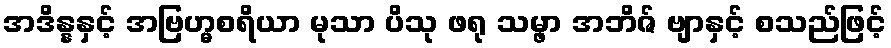
အဒိန္နနှင့် အဗြဟ္မစရိယာ မုသာ ပိသု ဖရု သမ္ဖာ အဘိဇ် ဗျာနှင့် စသည်ဖြင့်